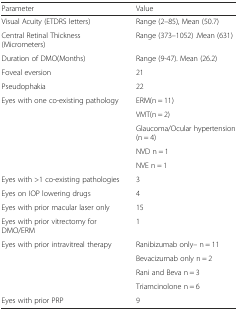
<table><thead><tr><td><b>Parameter</b></td><td><b>Value</b></td></tr></thead><tbody><tr><td>Visual Acuity (ETDRS letters)</td><td>Range (2–85), Mean (50.7)</td></tr><tr><td>Central Retinal Thickness (Micrometers)</td><td>Range (373–1052) .Mean (631)</td></tr><tr><td>Duration of DMO(Months)</td><td>Range (9-47). Mean (26.2)</td></tr><tr><td>Foveal eversion</td><td>21</td></tr><tr><td>Pseudophakia</td><td>22</td></tr><tr><td rowspan="5">Eyes with one co-existing pathology</td><td>ERM(n = 11)</td></tr><tr><td>VMT(n = 2)</td></tr><tr><td>Glaucoma/Ocular hypertension (n = 4)</td></tr><tr><td>NVD n = 1</td></tr><tr><td>NVE n = 1</td></tr><tr><td>Eyes with &gt;1 co-existing pathologies</td><td>3</td></tr><tr><td>Eyes on IOP lowering drugs</td><td>4</td></tr><tr><td>Eyes with prior macular laser only</td><td>15</td></tr><tr><td>Eyes with prior vitrectomy for DMO/ERM</td><td>1</td></tr><tr><td rowspan="4">Eyes with prior intravitreal therapy</td><td>Ranibizumab only– n = 11</td></tr><tr><td>Bevacizumab only n = 2</td></tr><tr><td>Rani and Beva n = 3</td></tr><tr><td>Triamcinolone n = 6</td></tr><tr><td>Eyes with prior PRP</td><td>9</td></tr></tbody></table>